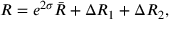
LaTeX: R = e ^ { 2 \sigma } \bar { R } + \Delta R _ { 1 } + \Delta R _ { 2 } ,